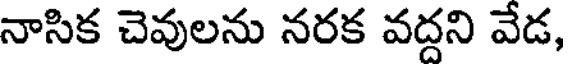
నాసిక చెవులను నరక వద్దని వేడ,